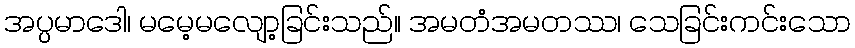
အပ္ပမာဒေါ၊ မမေ့မလျော့ခြင်းသည်။ အမတံအမတဿ၊ သေခြင်းကင်းသော